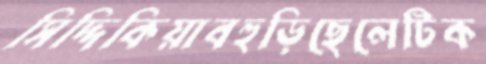
সিদ্দিকিয়াবহুড়িছেলেটিক